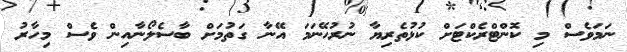
ނަމަވެސް މި ކޮންޓްރެކްޓަށް ކުޅުތެރިޔާ ނުރުހޭނަމަ އޭނާ ގަތުމަށް ބާސެލޯނާއިން ވެސް މިހާރު